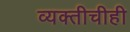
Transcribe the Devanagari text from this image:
व्यक्तीचीही